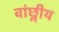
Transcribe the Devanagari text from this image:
वांछ्नीय